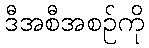
ဒီအစီအစဉ်ကို